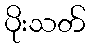
ပိုးသတ်